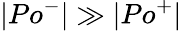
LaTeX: |Po^{-}|\gg|Po^{+}|